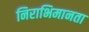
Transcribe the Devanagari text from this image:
निराभिमानता